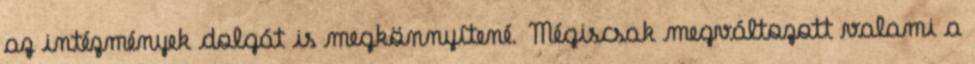
az intézmények dolgát is megkönnyítené. Mégiscsak megváltozott valami a